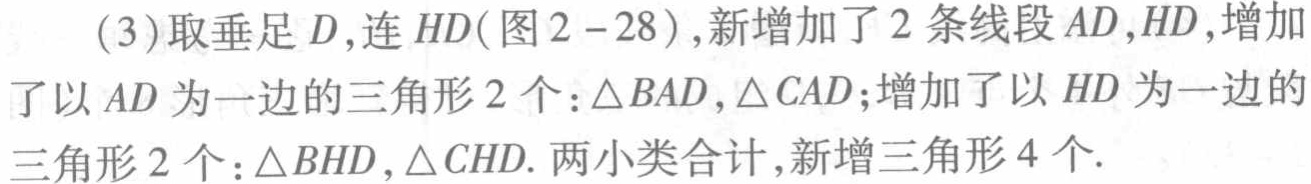
(3)取垂足$D$,连$HD$(图2 - 28),新增加了2条线段$AD,HD$,增加了以$AD$为一边的三角形2个:$\triangle BAD,\triangle CAD$;增加了以$HD$为一边的三角形2个:$\triangle BHD,\triangle CHD$.两小类合计,新增三角形4个.